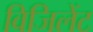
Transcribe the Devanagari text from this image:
विजिलेंट